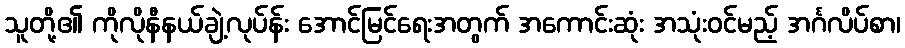
သူတို့၏ ကိုလိုနီနယ်ချဲ့လုပ်န်း အောင်မြင်ရေးအတွက် အကောင်းဆုံး အသုံးဝင်မည့် အင်္ဂလိပ်စာ၊